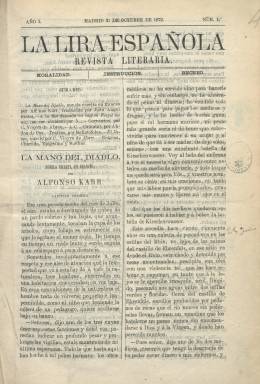
Título: La Lira española (Madrid. 1872)
Colección: Literatura
Ámbito geográfico: Madrid
Lugar de publicación: Madrid
Fechas: 31/10/1872-25/12/1873

Revista literaria cuyo propietario y director fue un entonces joven perteneciente a una familia de la nobleza sevillana y después historiador y académico, Carlos Vieyra de Abréu (1854-1918). Con buena impresión sobre papel satinado, su formato es en 4º mayor prolongado, en entregas de ocho páginas y a dos columnas, estampadas en la Imprenta de la Asociación General del Arte de Imprimir, y después en la de P. Núñez. Con los lemas en su cabecera “moralidad, instrucción, recreo”, aparecía dos veces al mes, generalmente los días 10 y 25. Las dos últimas páginas de los dos primeros números insertan sendos grabados; el primero, con un retrato de Cervantes, y el segundo, de Murillo.

Publica textos de creación literaria en prosa y en verso (sonetos, odas, charadas, epigramas, enigmas, etc.) y traducciones de novelas francesas por Juan Ángel Sierra, y un par de textos del poeta portugués Sousa de Viterbo por parte del propio Vieyra, además de ofrecer una Revista de teatros, firmada por Mefistófeles; una sección de Bibliografía, con notas sobre la producción libresca de autores contemporáneos, dando cuenta también del movimiento de las revistas literarias españolas de la época. También publicará el texto de la conferencia leída por Antonio Vinageras en el Ateneo científico-literario.

Antonio Nogueira y Pavía aparecerá como redactor de lo no firmado, y además de Sierra y el becqueriano Vieyra , entre los autores de los textos se encuentran Abdón de Paz , José Moreno de Monroy, Nicolás Fort y Roldán, Rodrigo Amador de los Ríos, Miguel Sánchez Pesquera, Guillermo Belmonte Muller, B. Más y Prat, E. Huelin, Juan Tomás Salvany, Tomás de Asensi, así como las jóvenes Julia de Asensi, Elisa F. Vallejo, Emilia Calé de Quintero, Ermelinda de Ormaeche y Begoña y Concepción Gimeno, además de Patrocinio Biedma, Gertrudis Gómez de Avellaneda, Carolina Coronado o la Baronesa de Wilson. Joaquín Costa Martínez firma dos textos, y el propio Gustavo Adolfo Bécquer, la poesía inédita Eso no es corazón (número 16).

La revista del mismo carácter que con el título Velada (que también forma parte de la colección de la Biblioteca Nacional de España) había empezado a publicarse el cinco de diciembre de 1872. Velada sería absorbida por La Lira española desde del 15 de febrero de 1873. Esta publicará su entrega 28 y, probablemente, última el 25 de diciembre de 1873, en la que se señala que hasta ese momento forma un tomo, incluyendo al final un índice de autores y trabajos publicados en sus páginas.